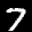
Label: 7